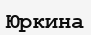
Юркина